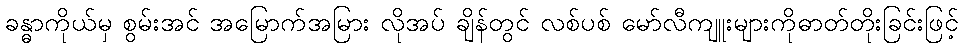
ခန္ဓာကိုယ်မှ စွမ်းအင် အမြောက်အမြား လိုအပ် ချိန်တွင် လစ်ပစ် မော်လီကျူးများကိုဓာတ်တိုးခြင်းဖြင့်